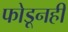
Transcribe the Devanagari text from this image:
फोडूनही